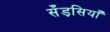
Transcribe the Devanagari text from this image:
सँड़सियाँ